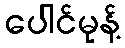
ပေါင်မုန့်